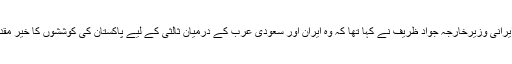
گزشتہ روز ایرانی وزیرخارجہ جواد ظریف نے کہا تھا کہ وہ ایران اور سعودی عرب کے درمیان ثالثی کے لیے پاکستان کی کوششوں کا خیر مقدم کرتے ہیں۔